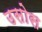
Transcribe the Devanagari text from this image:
उसोस